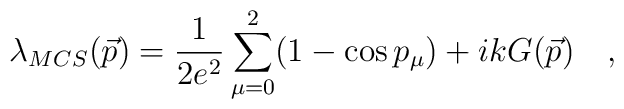
\lambda_{MCS}(\vec p)=\frac{1}{2e^2}\sum_{\mu =0}^2(1-\cos p_{\mu})+i k G(\vec p)\quad ,